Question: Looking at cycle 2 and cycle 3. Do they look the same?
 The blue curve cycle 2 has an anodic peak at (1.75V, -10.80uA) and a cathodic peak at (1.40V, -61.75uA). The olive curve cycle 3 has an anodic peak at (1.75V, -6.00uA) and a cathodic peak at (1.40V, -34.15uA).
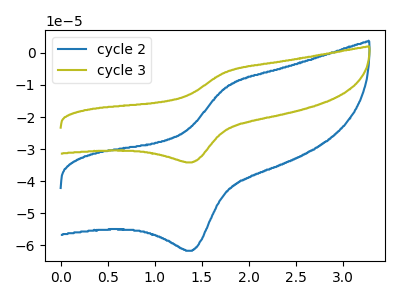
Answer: <think>All the peaks in "cycle 2" have a peak in "cycle 3" at the same potential.
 </think>
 <answer>"cycle 2" and "cycle 3" are similar in shape.</answer>
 <eval>same_shape</eval>